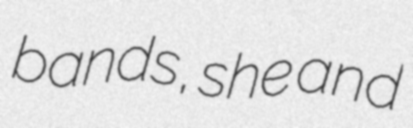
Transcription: bands, she and